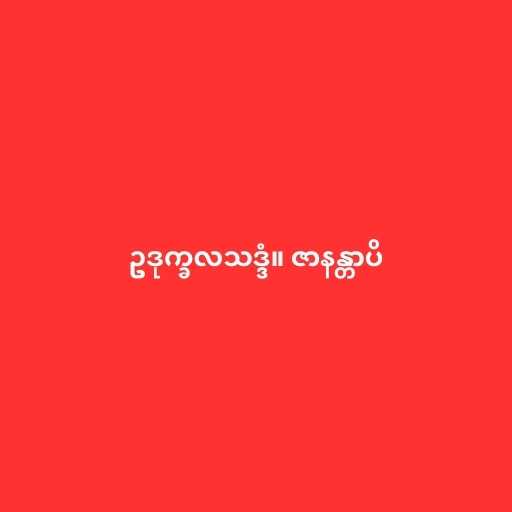
ဥဒုက္ခလသဒ္ဒံ။ ဇာနန္တာပိ